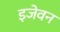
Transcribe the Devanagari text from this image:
इजेवन